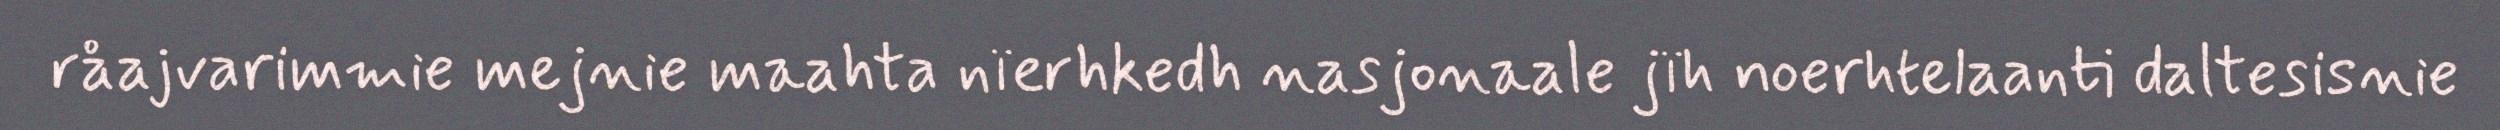
råajvarimmie mejnie maahta nïerhkedh nasjonaale jïh noerhtelaanti daltesisnie